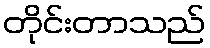
တိုင်းတာသည်